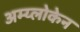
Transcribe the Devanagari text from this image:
अम्य्लोकेन